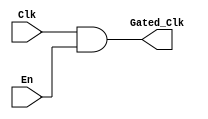
module ClockGatingCell (
    input wire Clk,        // Main clock signal
    input wire En,         // Enable signal
    output wire Gated_Clk  // Gated clock output
);
    // Gated clock is the AND of the main clock and enable signal
    assign Gated_Clk = Clk & En; // Enable-based clock gating
endmodule